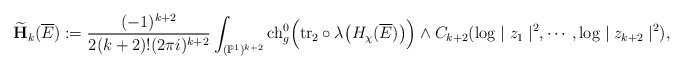
\begin{align*}\widetilde{\mathbf{H}}_k(\overline{E}):=\frac{(-1)^{k+2}}{2(k+2)!(2\pi i)^{k+2}}&\int_{(\mathbb{P}^1)^{k+2}}{\rm ch}_g^0\Big({\rm tr}_2\circ \lambda\big(H_\chi(\overline{E})\big)\Big)\wedge C_{k+2}(\log\mid z_1\mid^2,\cdots,\log\mid z_{k+2}\mid^2),\end{align*}